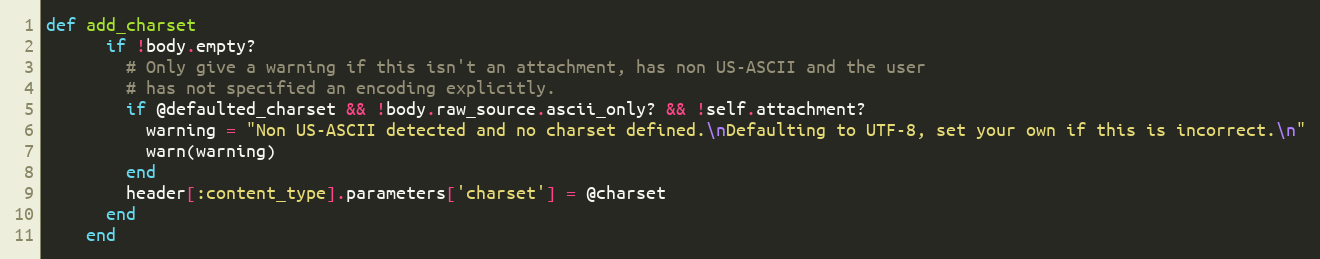
Language: Ruby
def add_charset
      if !body.empty?
        # Only give a warning if this isn't an attachment, has non US-ASCII and the user
        # has not specified an encoding explicitly.
        if @defaulted_charset && !body.raw_source.ascii_only? && !self.attachment?
          warning = "Non US-ASCII detected and no charset defined.\nDefaulting to UTF-8, set your own if this is incorrect.\n"
          warn(warning)
        end
        header[:content_type].parameters['charset'] = @charset
      end
    end